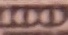
100